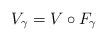
LaTeX: \begin{align*}V_\gamma=V \circ F_\gamma\end{align*}